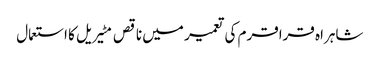
شاہراہ قراقرم کی تعمیر میں ناقص مٹیریل کا استعمال